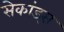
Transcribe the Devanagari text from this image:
सेकांड्स